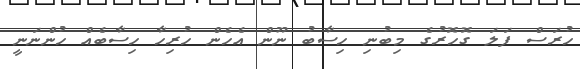
ހުރަސް ފަލަ ގޮހޮރުގެ މިބުނި ހިސާބު ނޫން އެހެން ހުރިހާ ހިސާބެއް ހުންނަނީ